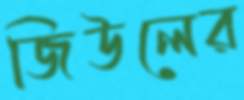
জিউলের